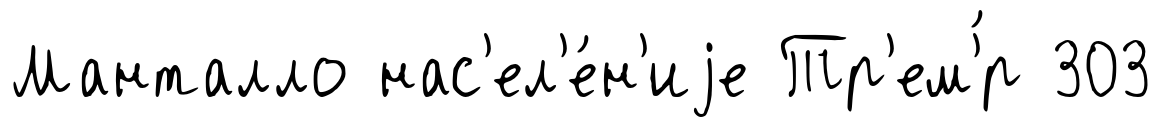
Манталло нас'ел'е́н'иjе Тр'ем'́р 303